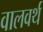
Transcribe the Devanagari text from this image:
वालवर्थ